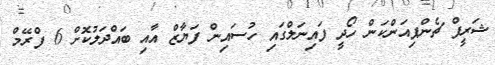
ޝަރީފް ޗެންޕިއަންކަން ހޯދީ ފައިނަލްގައި ހުސައިން ފަޔާޒް އާއި ބައްދަލުކޮށް 6 ފްރޭމް